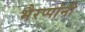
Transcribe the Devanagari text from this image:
भैरप्पांनी